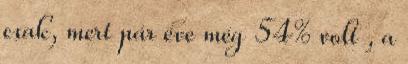
csak, mert pár éve még 54% volt , a